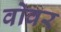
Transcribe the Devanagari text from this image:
वोवर